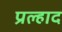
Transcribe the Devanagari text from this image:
प्रल्‍हाद